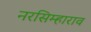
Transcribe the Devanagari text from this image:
नरसिम्हाराव